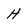
Character: H